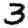
Digit: 3